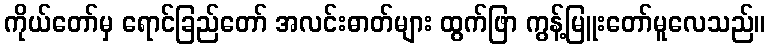
ကိုယ်တော်မှ ရောင်ခြည်တော် အလင်းဓာတ်များ ထွက်ဖြာ ကွန့်မြူးတော်မူလေသည်။